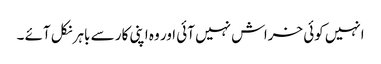
انہیں کوئی خراش نہیں آئی اور وہ اپنی کار سے باہر نکل آئے ۔